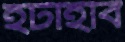
হটাইবি